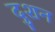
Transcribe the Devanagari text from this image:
दुशन